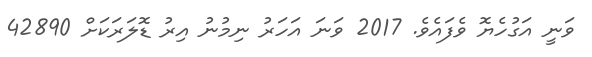
ވަނީ އަގުހެޔޮ ވެފައެވެ. 2017 ވަނަ އަހަރު ނިމުނު އިރު ޑޮލަރަކަށް 42890